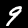
Digit: 9